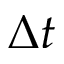
\Delta t